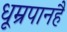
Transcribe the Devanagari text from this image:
धूम्रपानहै